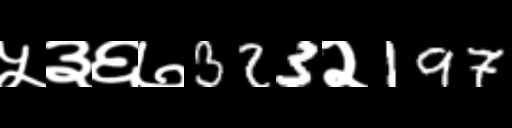
Text: ५३६७323२197